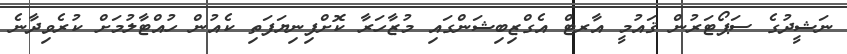
ނަޝީދުގެ ސަޕޯޓަރުން ޤައުމީ އާރޓް އެގްޒިބިޝަންގައި މުޒާހަރާ ކޮށްފިނިޔަފަތި ކެއުން ހުއްޓާލުމަށް ކުރެވިދާނެ